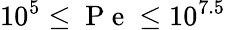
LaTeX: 10^{5}\leq\mathrm{~P~e~}\leq 10^{7.5}